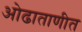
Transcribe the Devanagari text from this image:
ओढाताणीत